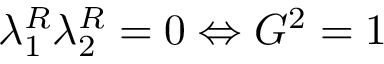
\lambda _ { 1 } ^ { R } \lambda _ { 2 } ^ { R } = 0 \Leftrightarrow G ^ { 2 } = 1